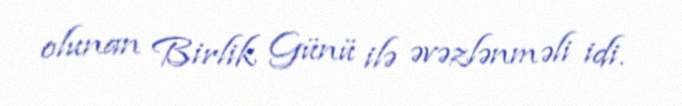
olunan Birlik Günü ilə əvəzlənməli idi.